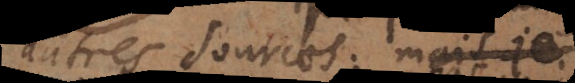
autres sources: mais je